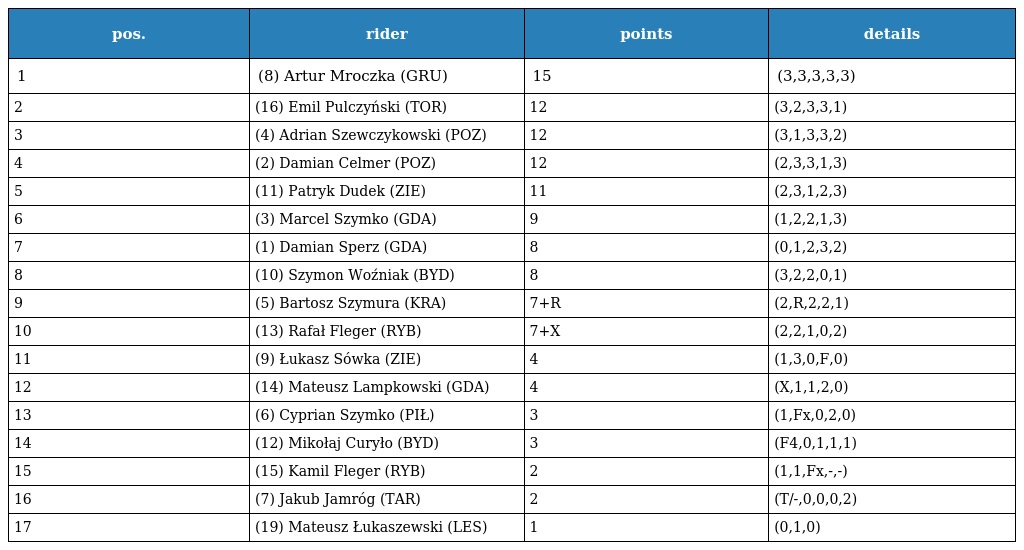
| pos. | rider | points | details |
 | --- | --- | --- | --- |
 | 1 | (8) Artur Mroczka (GRU) | 15 | (3,3,3,3,3) |
 | 2 | (16) Emil Pulczyński (TOR) | 12 | (3,2,3,3,1) |
 | 3 | (4) Adrian Szewczykowski (POZ) | 12 | (3,1,3,3,2) |
 | 4 | (2) Damian Celmer (POZ) | 12 | (2,3,3,1,3) |
 | 5 | (11) Patryk Dudek (ZIE) | 11 | (2,3,1,2,3) |
 | 6 | (3) Marcel Szymko (GDA) | 9 | (1,2,2,1,3) |
 | 7 | (1) Damian Sperz (GDA) | 8 | (0,1,2,3,2) |
 | 8 | (10) Szymon Woźniak (BYD) | 8 | (3,2,2,0,1) |
 | 9 | (5) Bartosz Szymura (KRA) | 7+R | (2,R,2,2,1) |
 | 10 | (13) Rafał Fleger (RYB) | 7+X | (2,2,1,0,2) |
 | 11 | (9) Łukasz Sówka (ZIE) | 4 | (1,3,0,F,0) |
 | 12 | (14) Mateusz Lampkowski (GDA) | 4 | (X,1,1,2,0) |
 | 13 | (6) Cyprian Szymko (PIŁ) | 3 | (1,Fx,0,2,0) |
 | 14 | (12) Mikołaj Curyło (BYD) | 3 | (F4,0,1,1,1) |
 | 15 | (15) Kamil Fleger (RYB) | 2 | (1,1,Fx,-,-) |
 | 16 | (7) Jakub Jamróg (TAR) | 2 | (T/-,0,0,0,2) |
 | 17 | (19) Mateusz Łukaszewski (LES) | 1 | (0,1,0) |